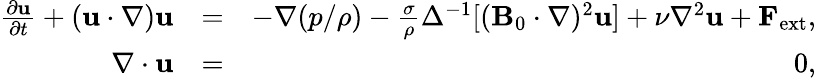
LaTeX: \begin{array}{rlr}{\frac{\partial{\mathbf u}}{\partial t}+({\mathbf u}\cdot\nabla){\mathbf u}}&{=}&{-\nabla({p}/{\rho})-\frac{\sigma}{\rho}\Delta^{-1}[({\mathbf B}_{0}\cdot\nabla)^{2}{\mathbf u}]+\nu\nabla^{2}{\mathbf u}+{\mathbf F}_{\mathrm{ext}},}\\ {\nabla\cdot{\mathbf u}}&{=}&{0,}\end{array}